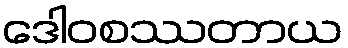
ဒေါဝစဿတာယ